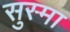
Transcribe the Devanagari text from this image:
सुस्मा